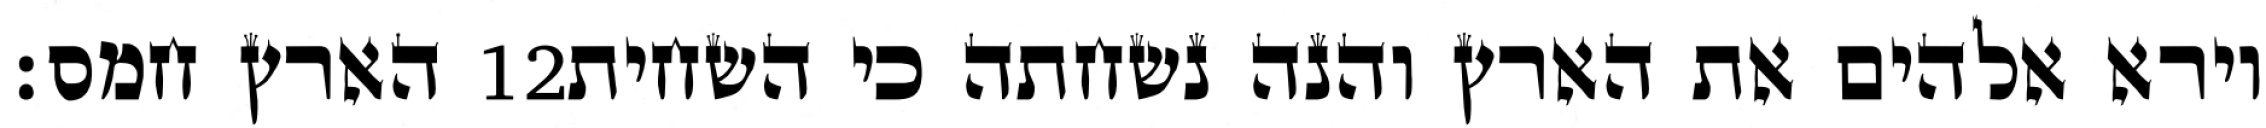
הארץ חמס׃ ‎12‏ וירא אלהים את הארץ והנה נשחתה כי השחית